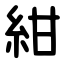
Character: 紺